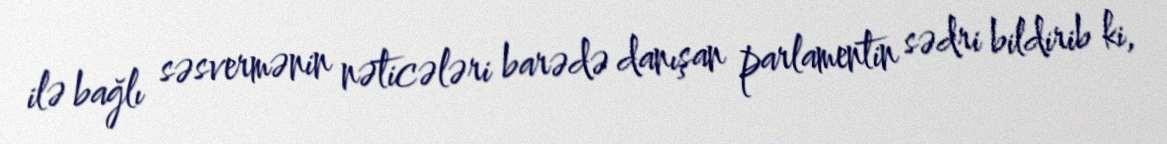
ilə bağlı səsvermənin nəticələri barədə danışan parlamentin sədri bildirib ki,